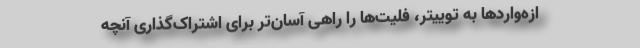
ازه‌واردها به توییتر، فلیت‌ها را راهی آسان‌تر برای اشتراک‌گذاری آنچه